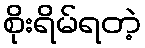
စိုးရိမ်ရတဲ့